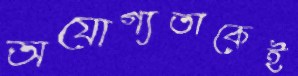
অযোগ্যতাকেই